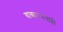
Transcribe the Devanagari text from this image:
वाक्यरचनाही